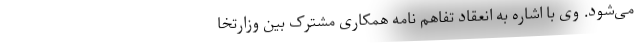
می‌شود. وی با اشاره به انعقاد تفاهم نامه همکاری مشترک بین وزارتخا